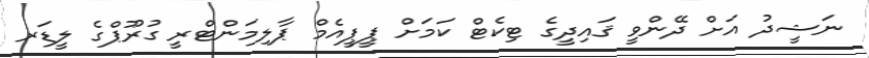
ނަޝީދު އަށް ދޭންވީ ޤައިދީގެ ޓިކެޓް ކަމަށް ޕީޕީއެމް ޕާލިމަންޓްރީ ގުރޫޕްގެ ލީޑަރ